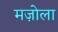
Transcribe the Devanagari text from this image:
मज़ोला